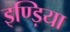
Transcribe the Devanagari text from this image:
इण्ड़िया